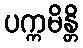
ပက္ကမိန္တိ